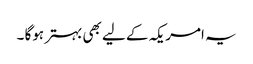
یہ امریکہ کے لیے بھی بہتر ہوگا ۔